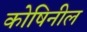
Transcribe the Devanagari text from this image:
कोषिनील